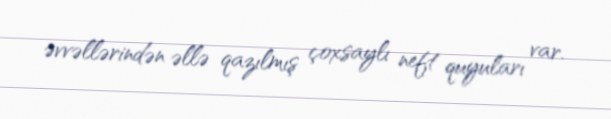
əvvəllərindən əllə qazılmış çoxsaylı neft quyuları var.